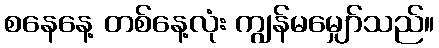
စနေနေ့ တစ်နေ့လုံး ကျွန်မမျှော်သည်။